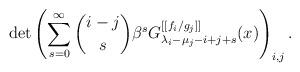
LaTeX: \begin{align*}\det\left(\sum_{s=0}^\infty \binom{i-j}{s}\beta^s G^{[[f_i/g_j]]}_{\lambda_i-\mu_j-i+j+s}(x)\right)_{i,j}.\end{align*}